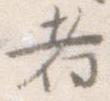
者